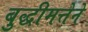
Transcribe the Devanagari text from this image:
बुद्धीमत्तेने